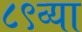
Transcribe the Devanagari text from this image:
८९व्या